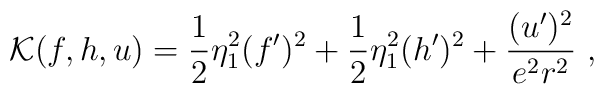
{\cal K}(f,h,u)=\frac12\eta^2_1(f')^2+\frac12\eta^2_1(h')^2+\frac{(u')^2}{e^2r^2} \ ,